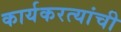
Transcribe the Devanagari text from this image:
कार्यकरत्यांची